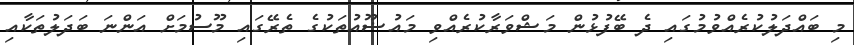
މި ބައްދަލުކުރެއްވުމުގައި ދެ ބޭފުޅުން މަޝްވަރާކުރެއްވި މައުޟޫއުތަކުގެ ތެރޭގައި މޫސުމަށް އަންނަ ބަދަލުތަކާއި